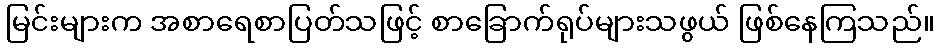
မြင်းများက အစာရေစာပြတ်သဖြင့် စာခြောက်ရုပ်များသဖွယ် ဖြစ်နေကြသည်။